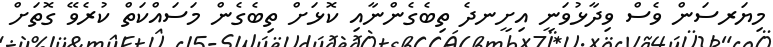
މިޔަރސަން ވެސް ވިދާޅުވަނީ އިށީނދެ ތިބެގެންނާއި ކޮޅަށް ތިބެގެން މަސައްކަތް ކުރެވޭ ގޮތަށް